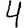
Digit: 4